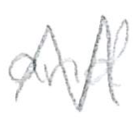
Text: and
Cross-out: zig-zag
Writing tool: pencil